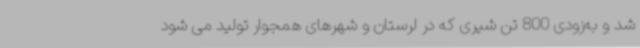
شد و به‌زودی 800 تن شیری که در لرستان و شهرهای همجوار تولید می شود